Vaccination North-Western Provinces and Oudh 1878-1895 - 1878-1895
Year: 1878
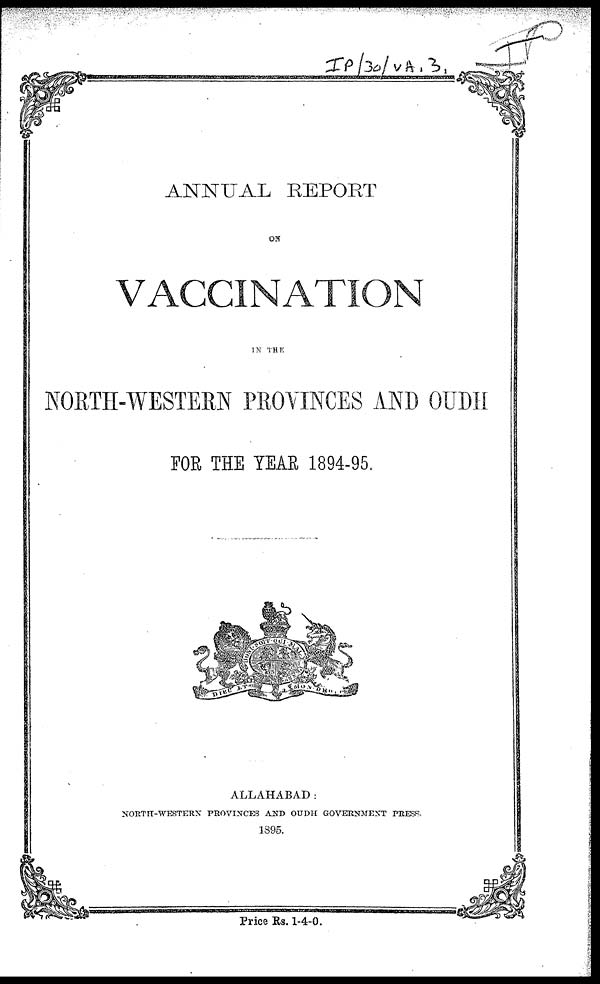
ANNUAL REPORT
ON
VACCINATION
IN THE
NORTH-WESTERN PROVINCES AND OUDH
FOR THE YEAR 1894-95.
ALLAHABAD:
NORTH-WESTERN PROVINCES AND OUDH GOVERNMENT PRESS.
1895.
Price Rs. 1-4-0.